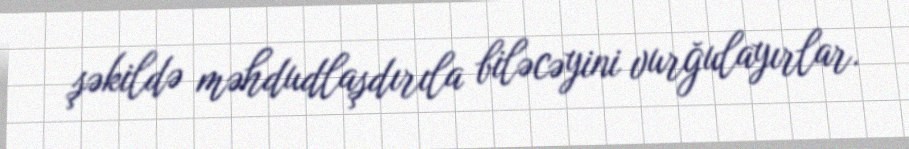
şəkildə məhdudlaşdırıla biləcəyini vurğulayırlar.